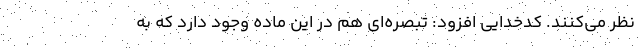
نظر می‌کنند. کدخدایی افزود: تبصره‌ای هم در این ماده وجود دارد که به